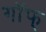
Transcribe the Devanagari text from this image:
गॉफ्